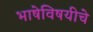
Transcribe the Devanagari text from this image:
भाषेविषयीचे